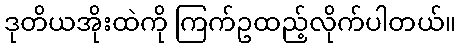
ဒုတိယအိုးထဲကို ကြက်ဥထည့်လိုက်ပါတယ်။